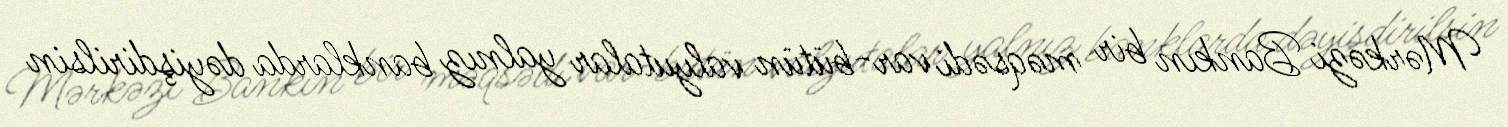
Mərkəzi Bankın bir məqsədi var-bütün valyutalar yalnız banklarda dəyişdirilsin